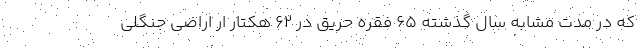
که در مدت مشابه سال گذشته ۶۵ فقره حریق در ۶۲ هکتار ار اراضی جنگلی